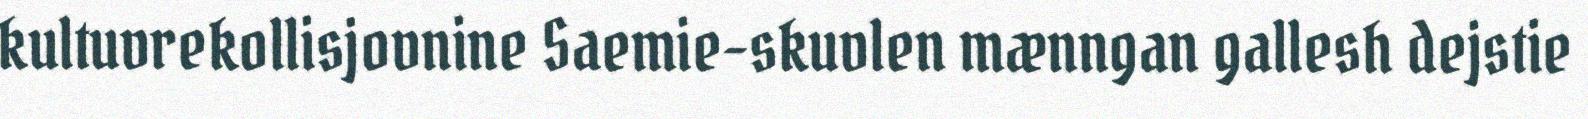
kultuvrekollisjovnine Saemie-skuvlen mænngan gallesh dejstie